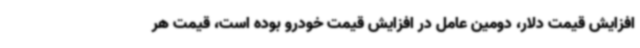
افزایش قیمت دلار، دومین عامل در افزایش قیمت خودرو بوده است، قیمت هر